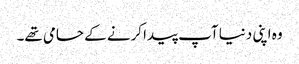
وہ اپنی دنیا آپ پیدا کرنے کے حامی تھے۔